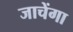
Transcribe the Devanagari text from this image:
जाचेंगा